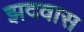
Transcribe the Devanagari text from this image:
झदवास